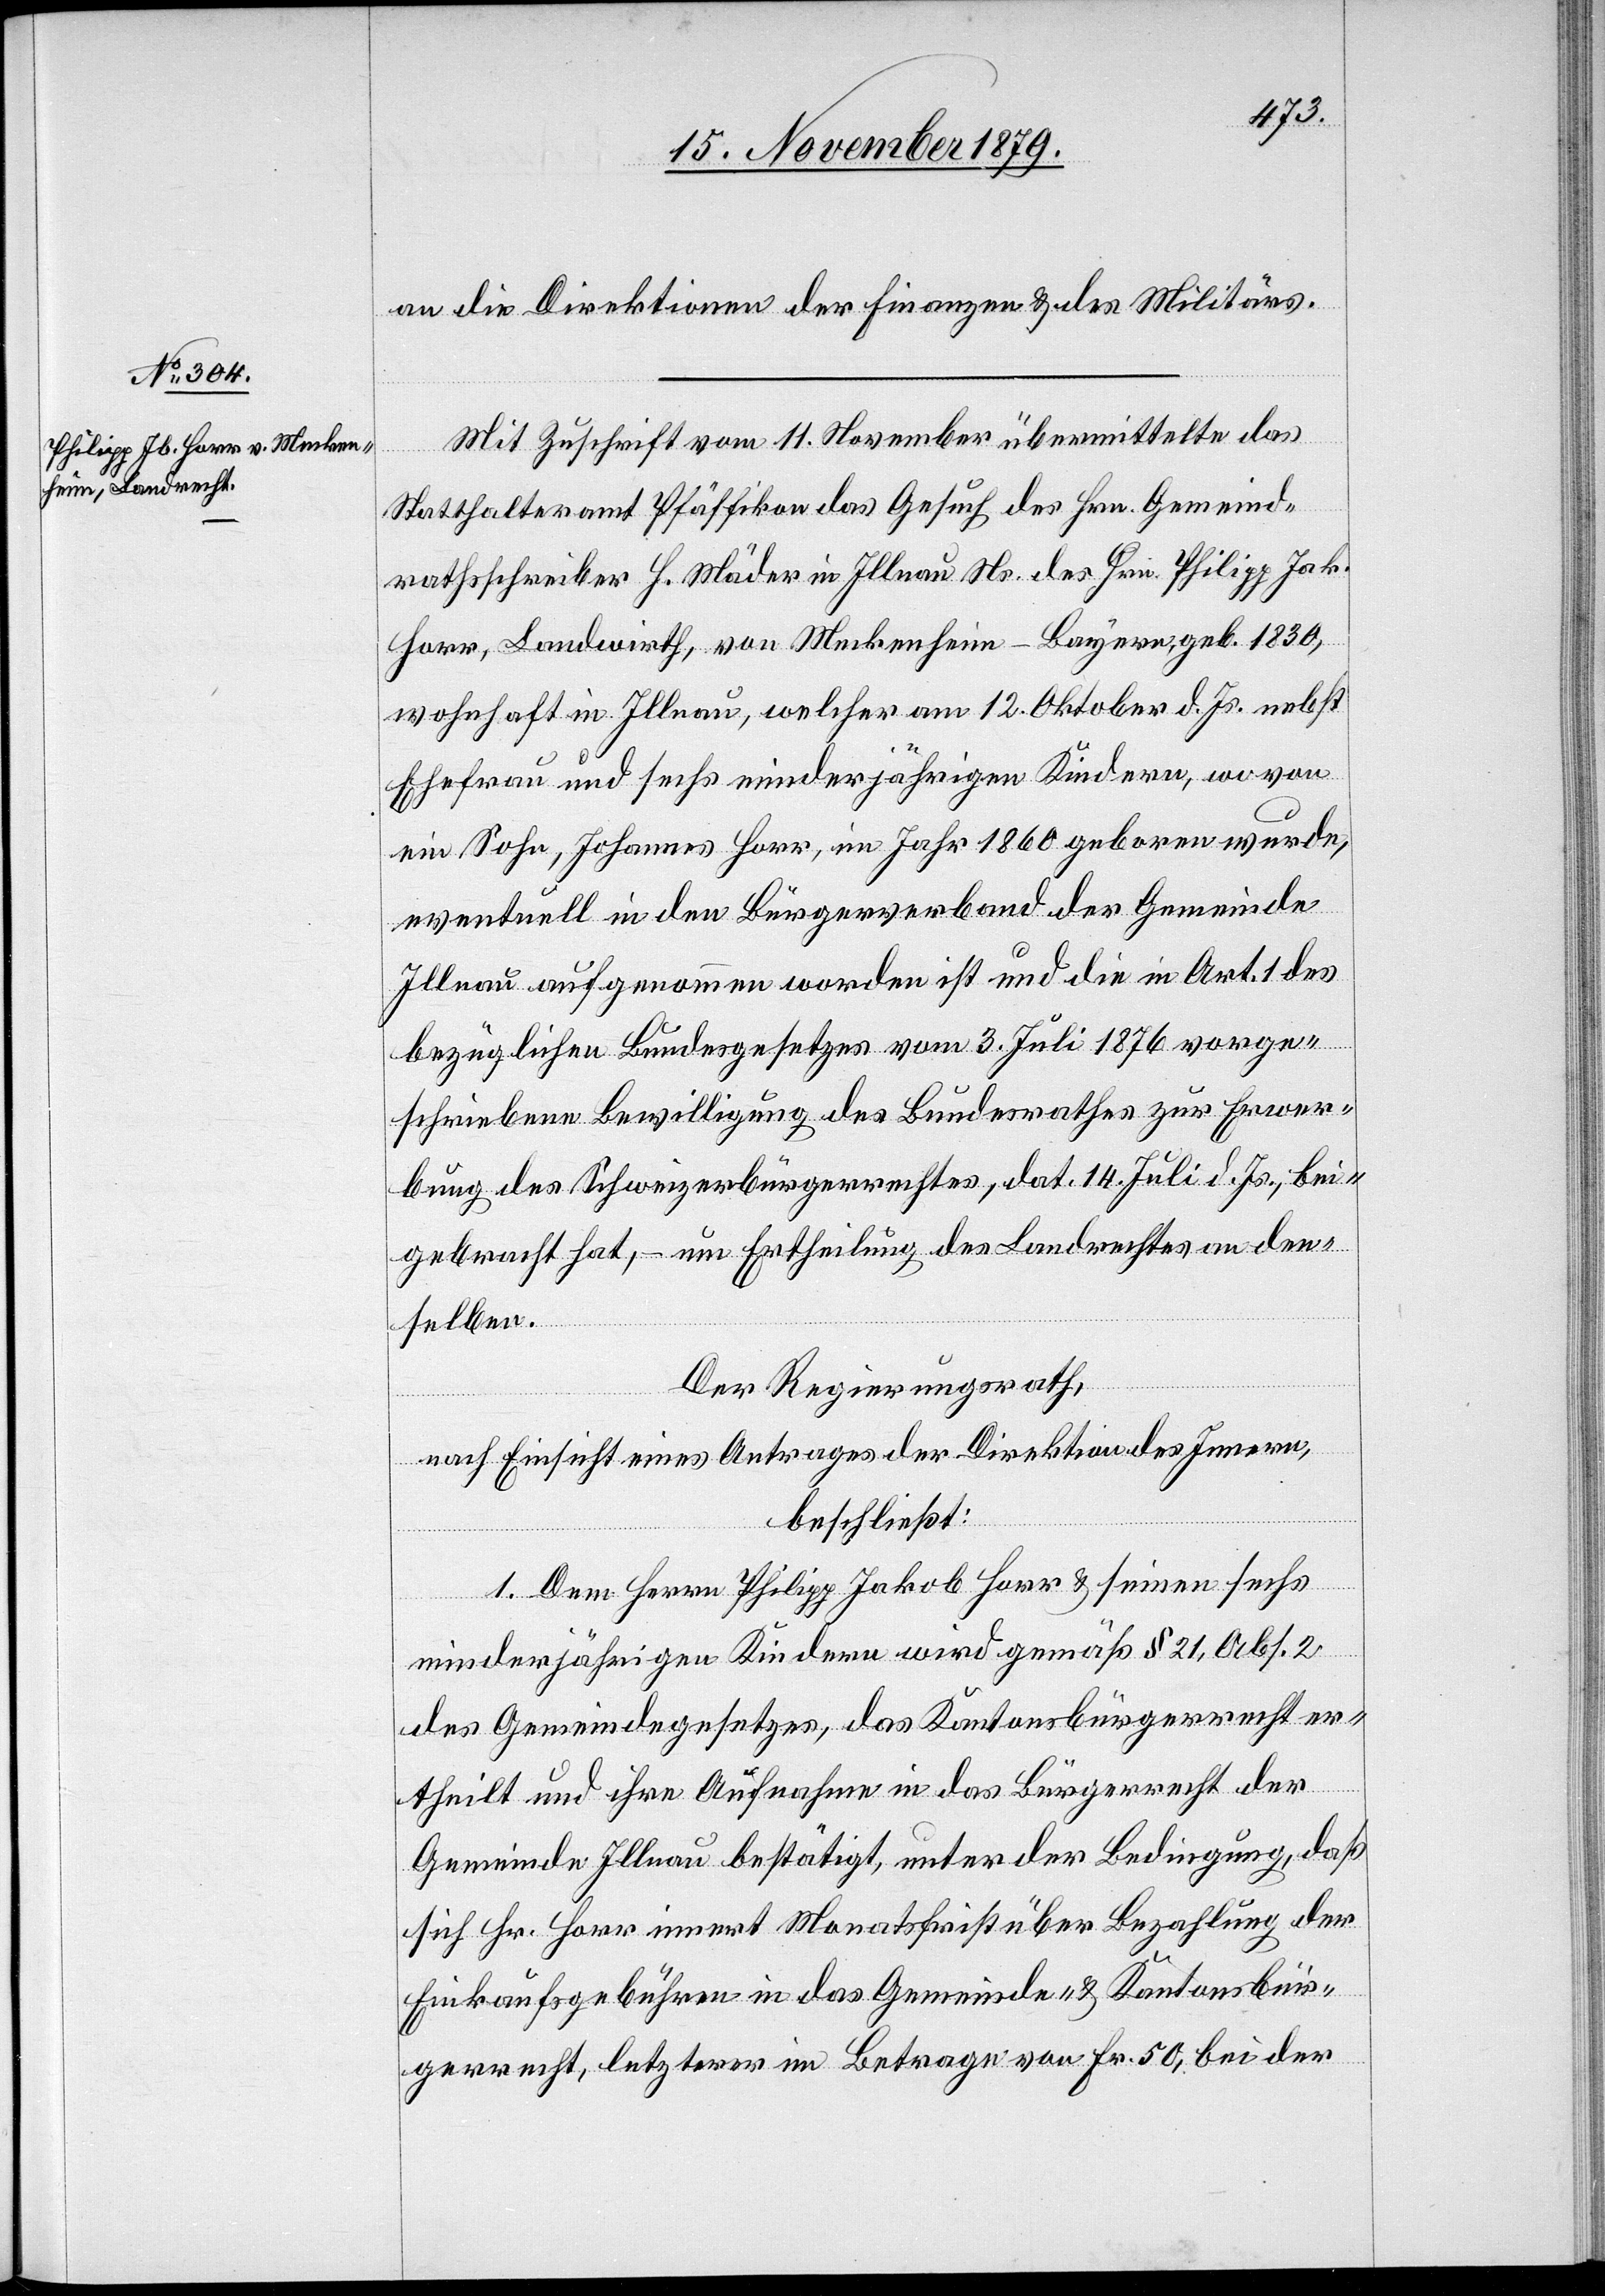
an die Direktionen der Finanzen & des Militärs.
Mit Zuschrift vom 11. November übermittelt das
Statthalteramt Pfäffikon das Gesuch des Hrn. Gemeind¬
rathsschreiber H. Mäder in Illnau Ns. des Hrn. Philipp Jak.
Harr, Landwirth, von Meckenheim - Bayern, geb. 1830,
wohnhaft in Illnau, welcher am 12. Oktober d. Js. nebst
Ehefrau und sechs minderjährigen Kindern, wovon
ein Sohn, Johannes Harr, im Jahr 1860 geboren wurde,
eventuell in den Bürgerverband der Gemeinde
Illnau aufgenommen worden ist und die in Art. 1 des
bezüglichen Bundesgesetzes vom 3. Juli 1876 vorge¬
schriebene Bewilligung des Bundesrathes zur Erwer¬
bung des Schweizerbürgerrechtes, dat. 14. Juli d. Js., bei¬
gebracht hat, – um Ertheilung des Landrechtes an den¬
selben.
Der Regierungsrath,
nach Einsicht eines Antrages der Direktion des Innern,
beschließt:
1. Dem Herrn Philipp Jakob Harr & seinen sechs
minderjährigen Kindern wird gemäß § 21, Abs. 2
des Gemeindegesetzes, das Kantonsbürgerrecht er¬
theilt und ihre Aufnahme in das Bürgerrecht der
Gemeinde Illnau bestätigt, unter der Bedingung, daß
sich Hr. Harr innert Monatsfrist über Bezahlung der
Einkaufsgebühren in das Gemeinde- & Kantonsbür¬
gerrecht, letzterer im Betrage von Fr. 50, bei der